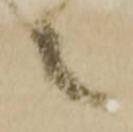
之